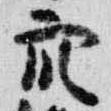
衆